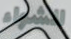
الشواء